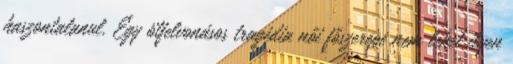
haszontalanul. Egy ötfelvonásos tragédia női főszerepe nem lehet ilyen